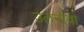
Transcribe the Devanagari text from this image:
उलनोवा